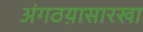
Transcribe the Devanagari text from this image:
अंगठय़ासारखा